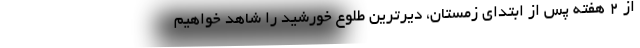
از ۲ هفته پس از ابتدای زمستان، دیرترین طلوع خورشید را شاهد خواهیم